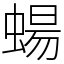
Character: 蝪